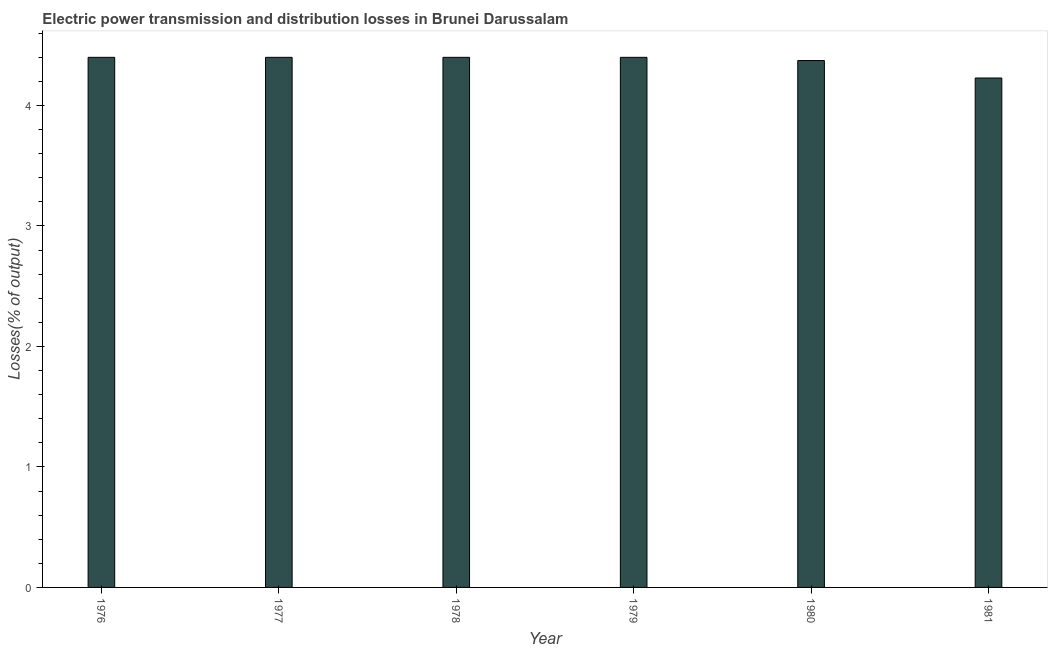
| Year | Electric power transmission and distribution losses |
 | --- | --- |
 | 1976 | 4.4 |
 | 1977 | 4.4 |
 | 1978 | 4.4 |
 | 1979 | 4.4 |
 | 1980 | 4.37 |
 | 1981 | 4.23 |